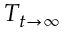
T _ { t \rightarrow \infty }